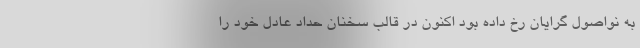
به نواصول گرایان رخ داده بود اکنون در قالب سخنان حداد عادل خود را